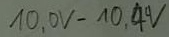
Text: 10,0V-10,4V